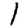
Digit: 1